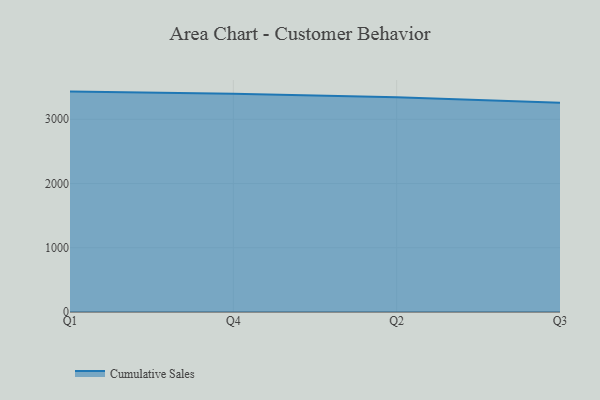
{"axis": {"x": "Quarter", "y": "Humidity (%)"}, "legend": ["Cumulative Sales"], "data": [{"x": "Q1", "y": 3430.9, "type": "Cumulative Sales"}, {"x": "Q4", "y": 3398.3, "type": "Cumulative Sales"}, {"x": "Q2", "y": 3342.5, "type": "Cumulative Sales"}, {"x": "Q3", "y": 3256.3, "type": "Cumulative Sales"}]}